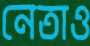
নেতাও